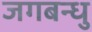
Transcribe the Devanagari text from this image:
जगबन्धु